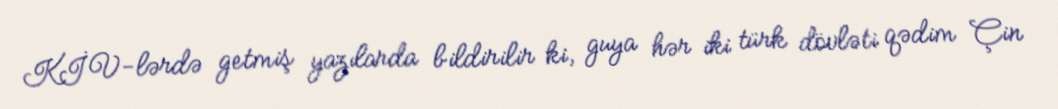
KİV-lərdə getmiş yazılarda bildirilir ki, guya hər iki türk dövləti qədim Çin